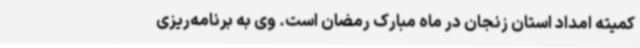
کمیته امداد استان زنجان در ماه مبارک رمضان است. وی به برنامه‌ریزی